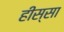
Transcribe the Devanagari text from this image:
हीस्सा